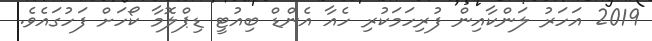
2019 އަހަރު ލަންކާއިން ފުރިހަމަކުރި ހެއާ އެންޑް ބިއުޓީ ޑިޕްލޮމާ ކޯހަށް ފަހުގައެވެ.